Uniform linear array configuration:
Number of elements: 16
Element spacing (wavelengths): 0.5
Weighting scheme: hamming
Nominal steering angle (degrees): -60
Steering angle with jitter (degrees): -60.048
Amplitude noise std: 0.05
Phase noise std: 0.05

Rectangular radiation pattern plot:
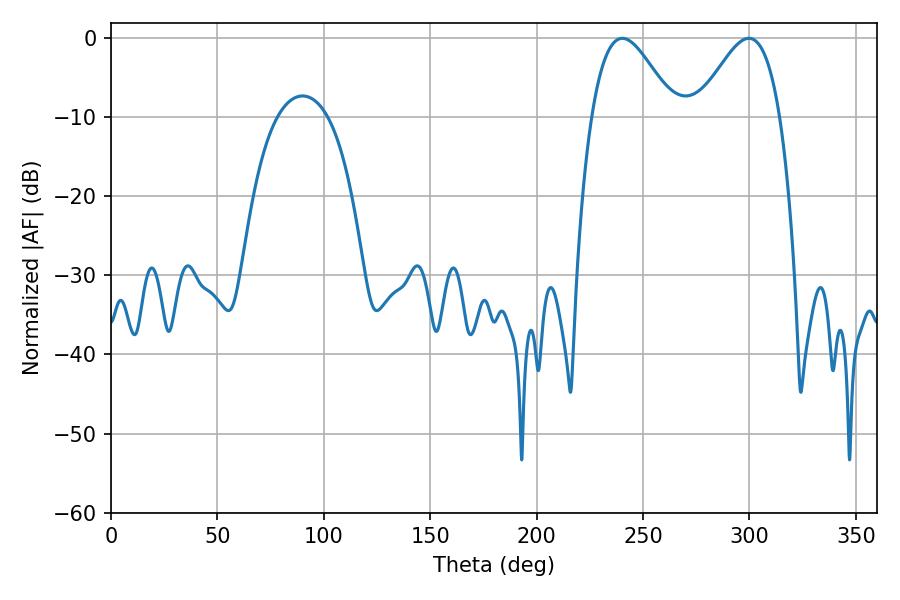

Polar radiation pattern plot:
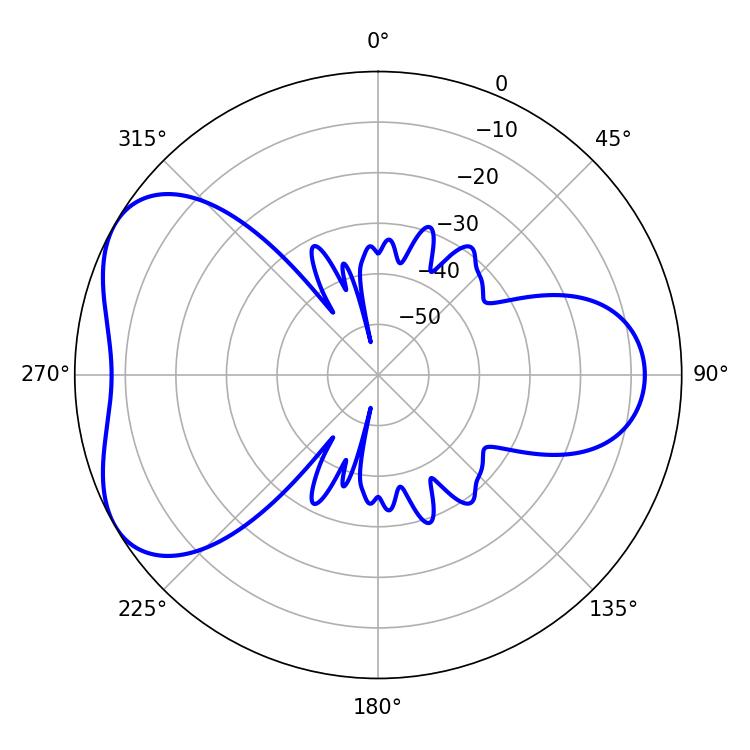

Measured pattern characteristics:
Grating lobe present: FALSE
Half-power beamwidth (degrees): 20.88
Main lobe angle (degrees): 240.3